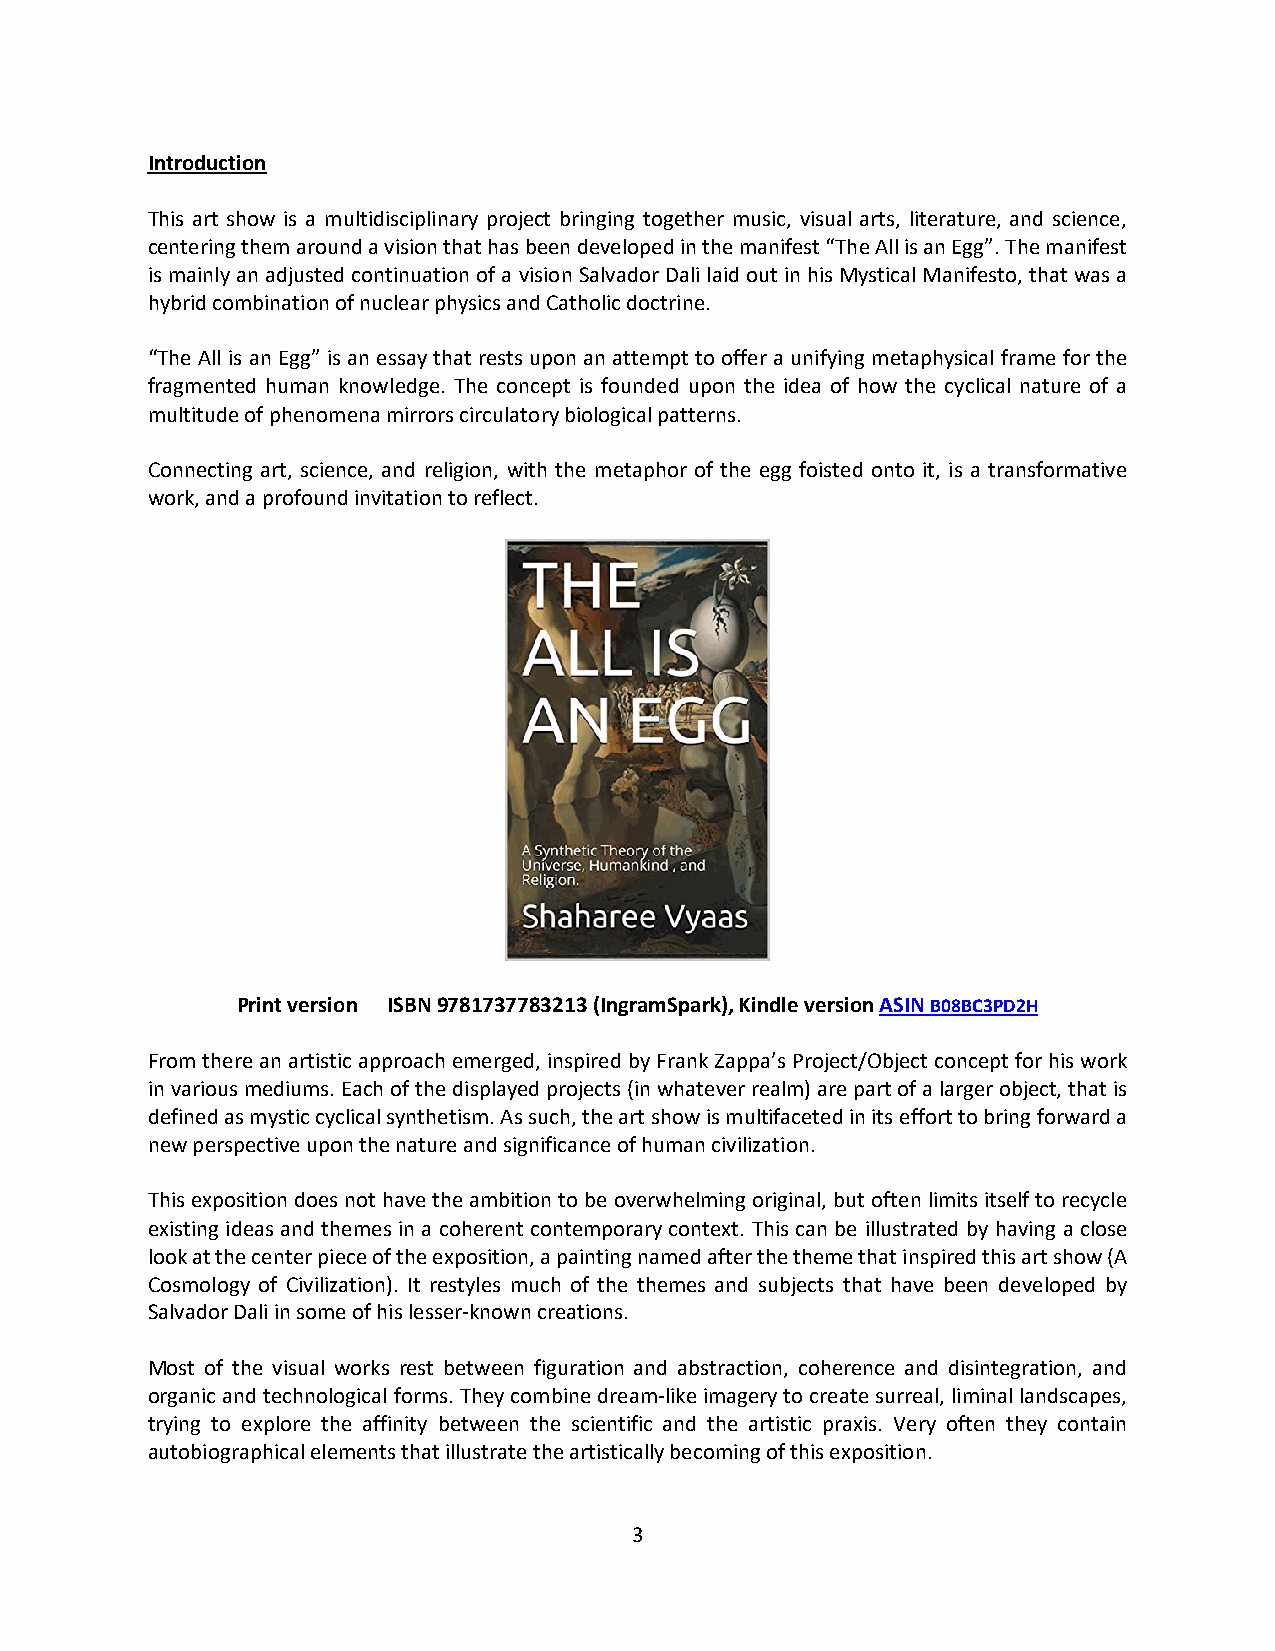
Introduction
 This art show is a multidisciplinary project bringing together music, visual arts, literature, and science,
 centering them around a vision that has been developed in the manifest “The All is an Egg”. The manifest
 is mainly an adjusted continuation of a vision Salvador Dali laid out in his Mystical Manifesto, that was a
 hybrid combination of nuclear physics and Catholic doctrine.
 “The All is an Egg” is an essay that rests upon an attempt to offer a unifying metaphysical frame for the
 fragmented human knowledge. The concept is founded upon the idea of how the cyclical nature of a
 multitude of phenomena mirrors circulatory biological patterns.
 Connecting art, science, and religion, with the metaphor of the egg foisted onto it, is a transformative
 work, and a profound invitation to reflect.
 Print version ISBN 9781737783213 (IngramSpark), Kindle version ASIN B08BC3PD2H
 From there an artistic approach emerged, inspired by Frank Zappa’s Project/Object concept for his work
 in various mediums. Each of the displayed projects (in whatever realm) are part of a larger object, that is
 defined as mystic cyclical synthetism. As such, the art show is multifaceted in its effort to bring forward a
 new perspective upon the nature and significance of human civilization.
 This exposition does not have the ambition to be overwhelming original, but often limits itself to recycle
 existing ideas and themes in a coherent contemporary context. This can be illustrated by having a close
 look at the center piece of the exposition, a painting named after the theme that inspired this art show (A
 Cosmology of Civilization). It restyles much of the themes and subjects that have been developed by
 Salvador Dali in some of his lesser-known creations.
 Most of the visual works rest between figuration and abstraction, coherence and disintegration, and
 organic and technological forms. They combine dream-like imagery to create surreal, liminal landscapes,
 trying to explore the affinity between the scientific and the artistic praxis. Very often they contain
 autobiographical elements that illustrate the artistically becoming of this exposition.
 3